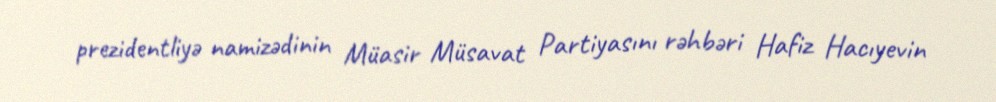
prezidentliyə namizədinin Müasir Müsavat Partiyasını rəhbəri Hafiz Hacıyevin